Senior Leaving Certificate Examination (including Day School Certificate (Higher) General paper), 1950
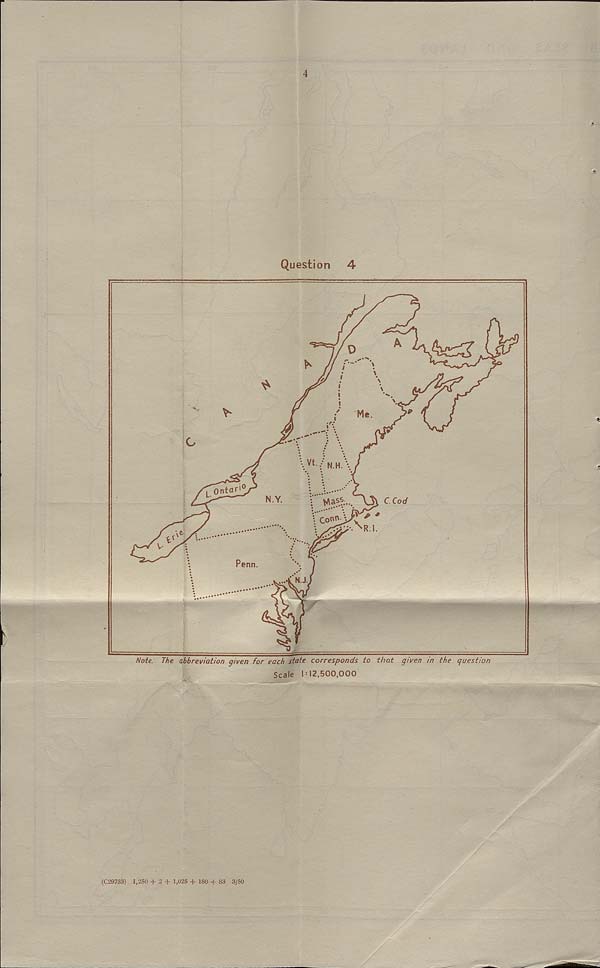
4
Question
4
A
D
K
G
vt
Onta
C.Cod
V\a s ..
a a
Conn
. N R.I.
Penn
Note. The abbreviation given for each state corresponds to that given in the question
Scale 1 : 12,500,000
(C29733) 1,250 + 2 + 1,025 + 180 + S3 3/50